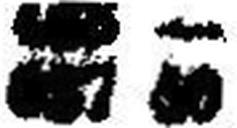
657 50